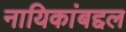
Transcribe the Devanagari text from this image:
नायिकांबद्दल